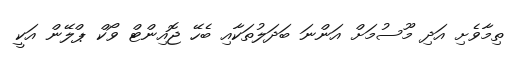
ތިމާވެށި އަދި މޫސުމަށް އަންނަ ބަދަލުތަކާއި ބެހޭ ޖޮއިންޓް ވޯކް ޕްލޭން އަކީ